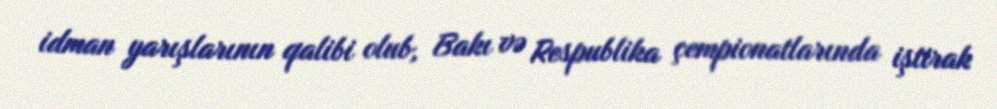
idman yarışlarının qalibi olub, Bakı və Respublika çempionatlarında iştirak